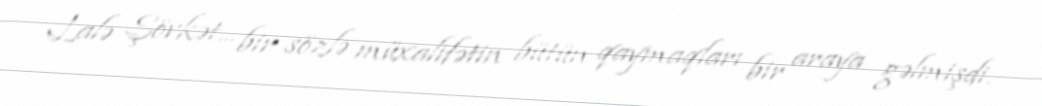
Lalə Şövkət... bir sözlə müxalifətin bütün qaymaqları bir araya gəlmişdi.